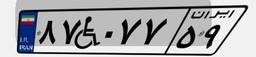
۴۰W۱۲۶۱۴